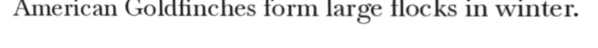
American Goldfinches form large flocks in winter.